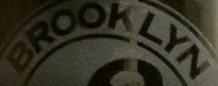
BROOKLYN